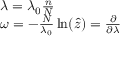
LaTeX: \begin{array} { l } { { \lambda = \lambda _ { 0 } \frac { n } { N } } } \\ { { \omega = - \frac { N } { \lambda _ { 0 } } \ln ( \hat { z } ) = \frac { \partial } { \partial \lambda } } } \end{array}